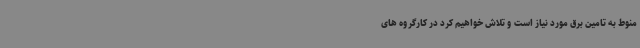
منوط به تامین برق مورد نیاز است و تلاش خواهیم کرد در کارگروه های